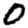
Digit: 0